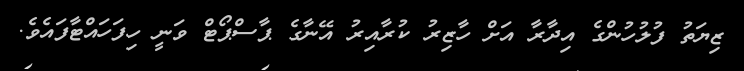
ޒިޔަތު ފުލުހުންގެ އިދާރާ އަށް ހާޒިރު ކުރާއިރު އޭނާގެ ޕާސްޕޯޓް ވަނީ ހިފަހައްޓާފައެވެ.